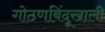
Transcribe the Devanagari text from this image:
गोठणबिंदूखाली